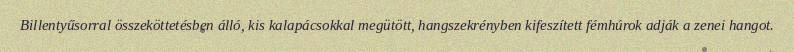
Billentyűsorral összeköttetésben álló, kis kalapácsokkal megütött, hangszekrényben kifeszített fémhúrok adják a zenei hangot.